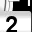
Digit: 2